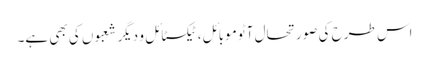
اس طرح کی صورتحال آٹو موبائل، ٹیکسٹائل و دیگر شعبوں کی بھی ہے۔